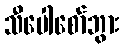
သီပေါစော်ဘွား